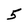
Character: 5